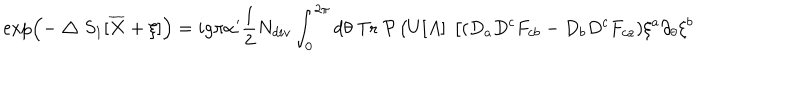
\exp \left( - \bigtriangleup S _ { 1 } [ \overline { { X } } + \xi ] \right) = i g \pi \alpha ^ { \prime } \frac { 1 } { 2 } N _ { d i v } \int _ { 0 } ^ { 2 \pi } d \theta ~ \mathrm { T r } ~ { \cal P } \left( U [ A ] ~ \left[ ( D _ { a } D ^ { c } F _ { c b } - D _ { b } D ^ { c } F _ { c a } ) \xi ^ { a } \partial _ { \theta } \xi ^ { b } \right. \right.